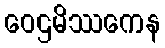
ဝေဌမိဿကေန